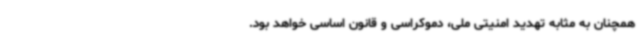
همچنان به مثابه تهدید امنیتی ملی، دموکراسی و قانون اساسی خواهد بود.